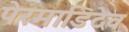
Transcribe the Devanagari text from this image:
पेरमाडिदेव